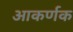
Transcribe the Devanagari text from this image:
आकर्णक